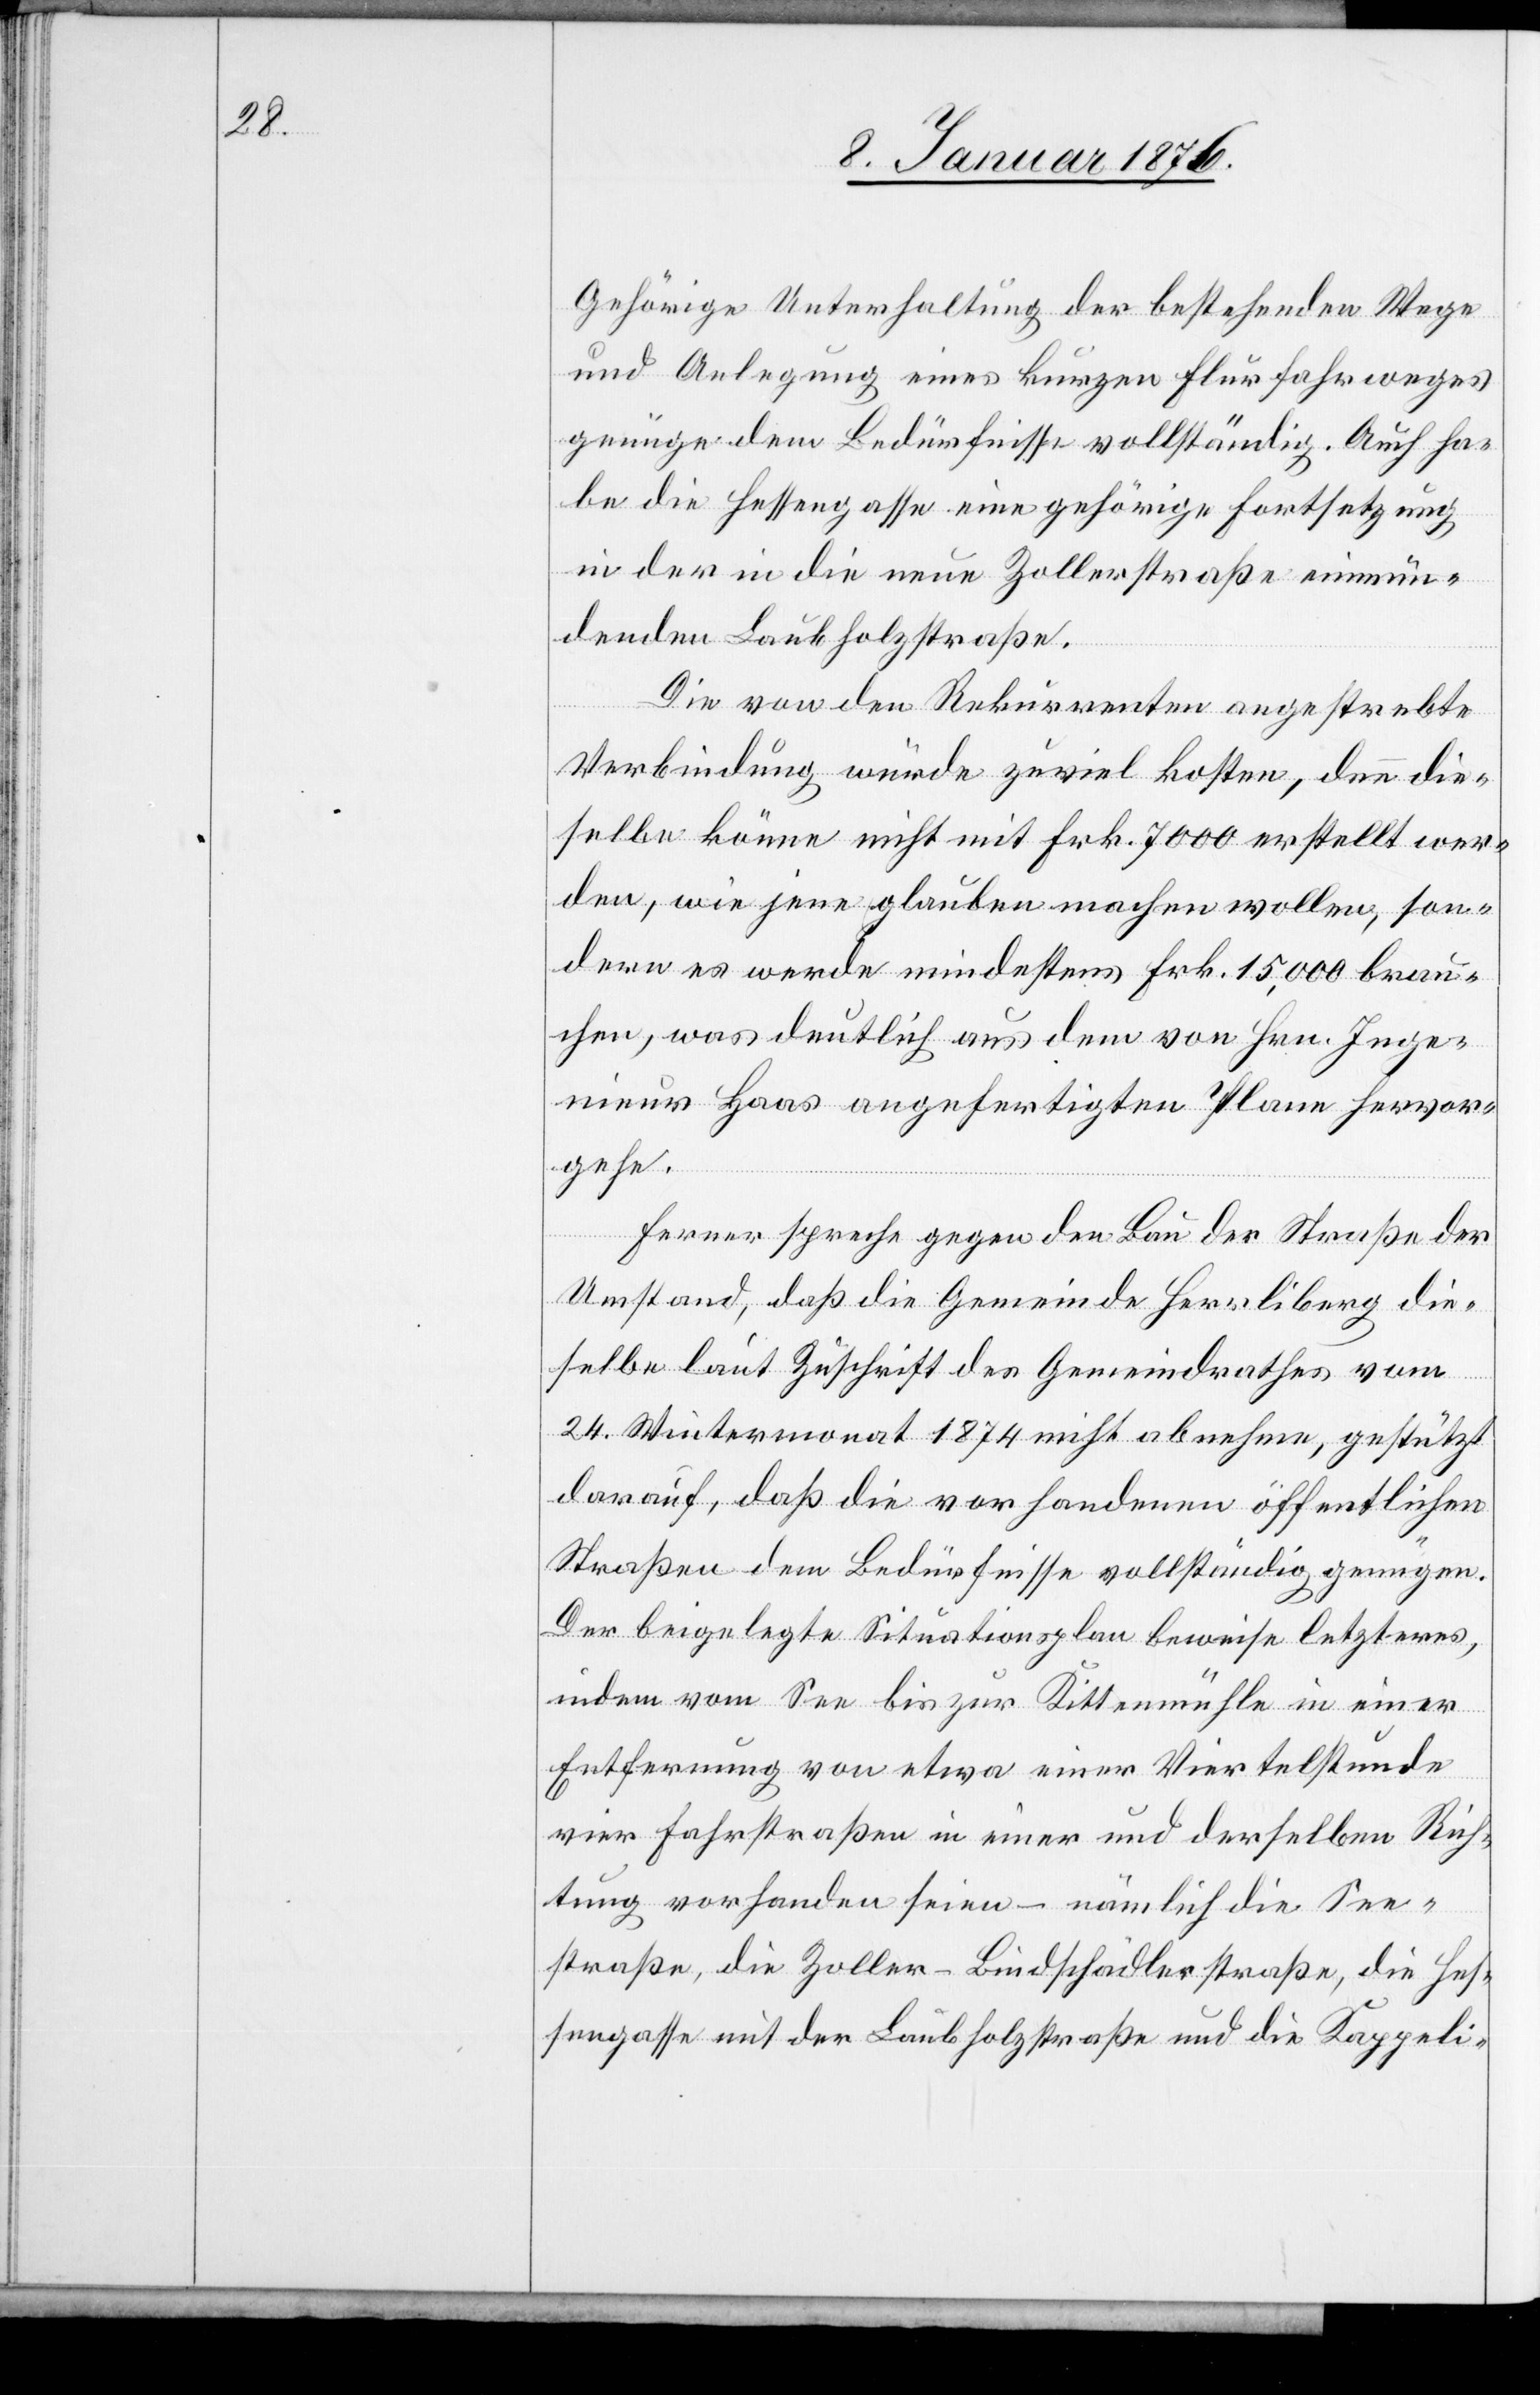
Gehörige Unterhaltung der bestehenden Wege
und Anlegung eines kurzen Flurfahrweges
genüge dem Bedürfnisse vollständig. Auch ha¬
be die Hessengasse eine gehörige Fortsetzung
in der in die neue Zollerstraße einmün¬
denden Laubholzstraße.
Die von den Rekurrenten angestrebte
Verbindung würde zuviel kosten, denn die¬
selbe könne nicht mit Frk. 7000 erstellt wer¬
den, wie jene glauben machen wollen, son¬
dern es werde mindestens Frk. 15,000 brau¬
chen, was deutlich aus dem von Hrn. Inge¬
nieur Haas angefertigten Plane hervor¬
gehe.
Ferner spreche gegen den Bau der Straße der
Umstand, daß die Gemeinde Herrliberg die¬
selbe laut Zuschrift des Gemeindrathes vom
24. Wintermonat 1874 nicht abnehmen, gestützt
darauf, daß die vorhandenen öffentlichen
Straßen dem Bedürfnisse vollständig genügen.
Der beigelegte Situationsplan beweise letzteres,
indem vom See bis zu Kittenmühle in einer
Entfernung von etwa einer Viertelstunde
vier Fahrstraßen in einer und derselben Rich¬
tung vorhanden seien – nämlich die See¬
straße, die Zoller-Bindschädlerstraße, die Hes¬
sengasse mit der Laubholzstraße und die Kappeli-